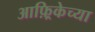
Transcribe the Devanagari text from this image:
आफ़्रिकेच्या